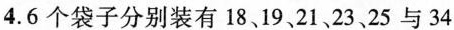
4.6个袋子分别装有18、19、21、23、25与34